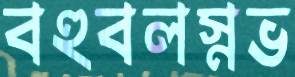
বহুবলস্নভ